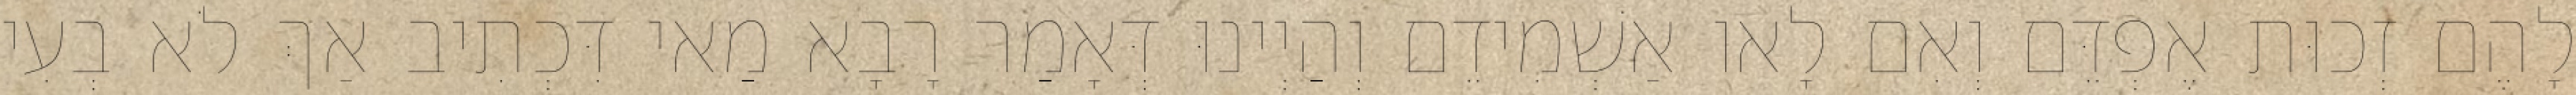
לָהֶם זְכוּת אֶפְדֵּם וְאִם לָאו אַשְׁמִידֵם וְהַיְינוּ דְּאָמַר רָבָא מַאי דִּכְתִיב אַךְ לֹא בְעִי